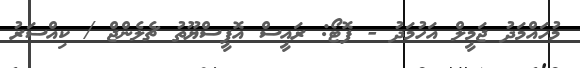
މުހައްމަދު ޖަމީލް އަހުމަދު - ފޮޓޯ: ރައީސް އޮފީސްޔޫތު ޗެލެންޖް / ކިއްސަރު